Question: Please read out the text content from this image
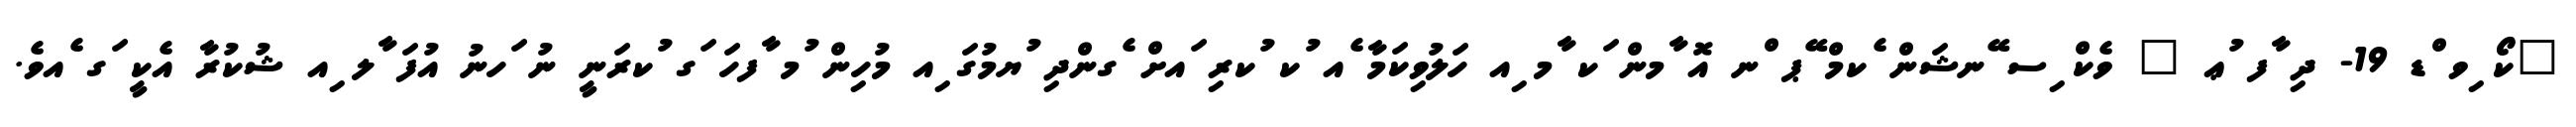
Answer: "ކޯ ިވ ްޑ 19- ދި ާފ ުޢ " ވެކް ިސ ޭނޝަން ެކމް ޭޕ ްނ އޮ ާމން ަކ ާމ ިއ ހަލުވިކަމާ ެއ ުކ ުކރި ައށް ެގންދި ުޔމުގަ ިއ މުހިން ުމ ާފހަ ަގ ުކރަނީ ނު ަހނު އުފަ ާލ ިއ ޝުކުރާ އެކީ ަގ ެއވެ.